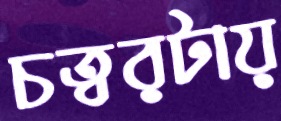
চত্বরটায়